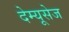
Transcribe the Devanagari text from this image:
देम्यूसेज